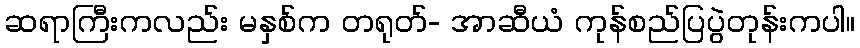
ဆရာကြီးကလည်း မနှစ်က တရုတ်- အာဆီယံ ကုန်စည်ပြပွဲတုန်းကပါ။